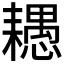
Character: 𦔧